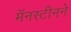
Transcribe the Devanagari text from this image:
मॅनस्टीनने